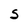
Character: S